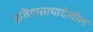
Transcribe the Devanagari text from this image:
इतिहासाचादेखील